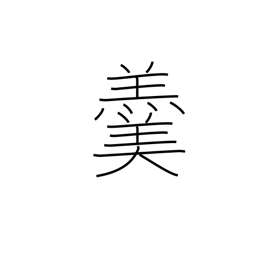
Meaning: hot soup